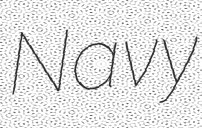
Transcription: Navy